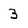
Character: 3